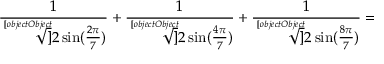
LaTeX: { \frac { 1 } { \sqrt [ [object Object] ] { 2 \sin ( { \frac { 2 \pi } { 7 } } ) } } } + { \frac { 1 } { \sqrt [ [object Object] ] { 2 \sin ( { \frac { 4 \pi } { 7 } } ) } } } + { \frac { 1 } { \sqrt [ [object Object] ] { 2 \sin ( { \frac { 8 \pi } { 7 } } ) } } } =